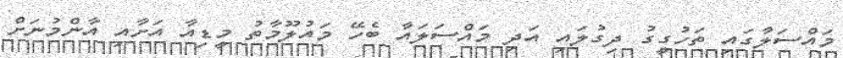
މައްސަލާގައި ތަހުގީގު ދިގުލައި އަދި މައްސަލައާ ބެހޭ މައުލޫމާތު މީޑިއާ އަށާއި އާންމުނަށް